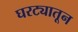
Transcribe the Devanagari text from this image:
घरट्यातून